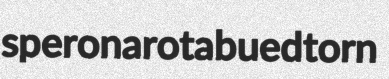
speronaro tabued torn